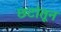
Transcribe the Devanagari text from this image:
छटांतून